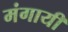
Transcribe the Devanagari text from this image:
मंगायीं